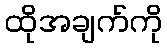
ထိုအချက်ကို